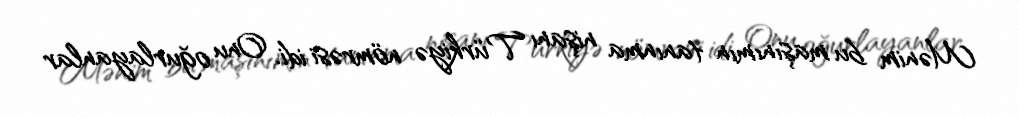
Mənim bu maşınımın tanınma nişanı Türkiyə nömrəsi idi. Onu oğurlayanlar